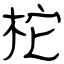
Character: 柁